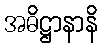
အဓိဋ္ဌာနာနိ